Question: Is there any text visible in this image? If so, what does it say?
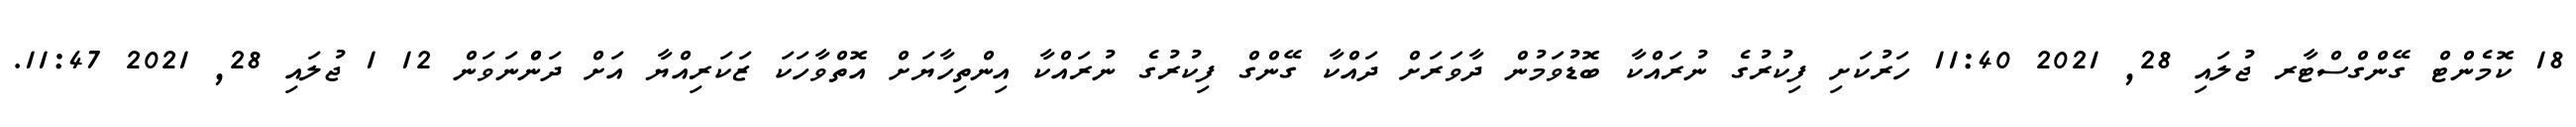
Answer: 18 ކޮމެންޓް ގޭންގްސްޓާރ ޖުލައި 28, 2021 11:40 ހަރުކަށި ފިކުރުގެ ނުރައްކާ ބޮޑުވަމުން ދާވަރަށް ދައްކާ ގޭންގް ފިކުރުގެ ނުރައްކާ އިންތިހާޔަށް އޮތްވާހަކަ ޒަކަރިއްޔާ އަށް ދަންްނަވަން 12 1 ޖުލައި 28, 2021 11:47.